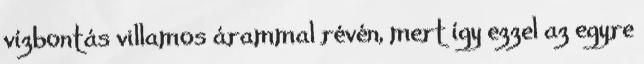
vízbontás villamos árammal révén, mert így ezzel az egyre